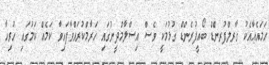
ހަމައެއާއެކު ގާރލްފުރނެްޑް ބޯއީފުރެންޑް ގުޅުމަކީ ވެސް އިސްލާމްދީނުގައި ހަރާމްކުރައްވާފައިވާ ކަމެއް ކަމުގައި ހުރިހާ